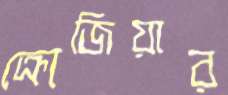
ক্রোজিয়ার